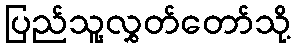
ပြည်သူ့လွှတ်တော်သို့